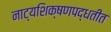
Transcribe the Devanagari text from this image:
नाट्यशिक्षणपद्धतीत